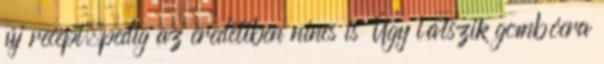
új recept,pedig az eredetiben nincs is Úgy látszik gombócra